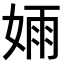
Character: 𫰺